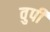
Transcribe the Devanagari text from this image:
वुपी